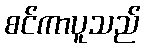
စင်ကာပူသည်